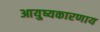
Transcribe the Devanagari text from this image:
आयुष्यकारणाय